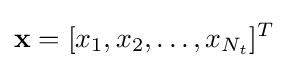
\mathbf {x} =[x_{1},x_{2},\ldots ,x_{N_{t}}]^{T}